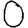
Digit: 0